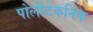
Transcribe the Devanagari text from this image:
पोलीटेकनिक